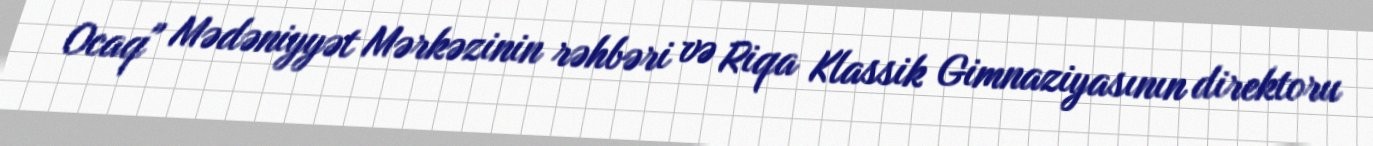
Ocaq" Mədəniyyət Mərkəzinin rəhbəri və Riqa Klassik Gimnaziyasının direktoru